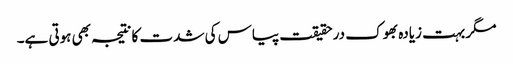
مگر بہت زیادہ بھوک درحقیقت پیاس کی شدت کا نتیجہ بھی ہوتی ہے۔